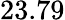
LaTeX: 23.79